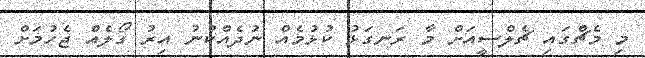
މި މެޗްގައި ޗެލްސީއަށް މާ ރަނގަޅު ކުޅުމެއް ނުދެއްކުނު އިރު ގޯލެއް ޖެހުމަށް